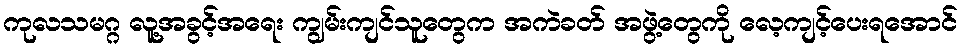
ကုလသမဂ္ဂ လူ့အခွင့်အရေး ကျွမ်းကျင်သူတွေက အကဲခတ် အဖွဲ့တွေကို လေ့ကျင့်ပေးရအောင်